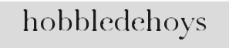
hobbledehoys